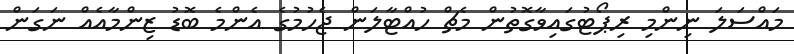
މައްސަލަ ނިންމި ރިޕޯޓުގައިވާގޮތުން މެޗް ހުއްޓާލަން ޖެހުމުގެ އެންމެ ބޮޑު ޒިންމާއެއް ނަގަން